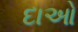
દાઓ